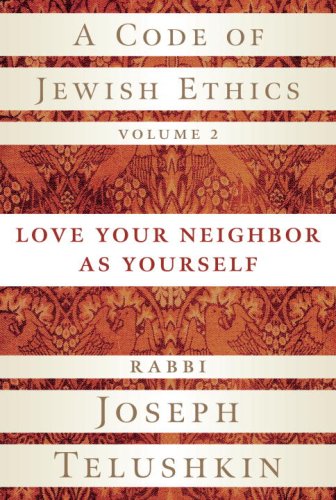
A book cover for A Code of Jewish Ethics, Volume 2: Love Your Neighbor as Yourself; Rabbi Joseph Telushkin; Religion & Spirituality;